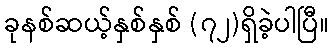
ခုနစ်ဆယ့်နှစ်နှစ် (၇၂)ရှိခဲ့ပါပြီ။